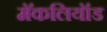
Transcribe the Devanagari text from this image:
मॅकलियॉड